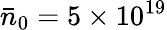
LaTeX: \bar{n}_{0}=5\times 10^{19}